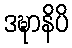
ဒဍ္ဎာနိပိ